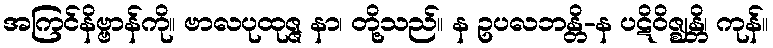
အကြင်နိဗ္ဗာန်ကို။ ဗာလပုထုဇ္ဇ နာ၊ တို့သည်။ န ဥပလဘန္တိ-န ပဋိဝိဇ္ဈန္တိ၊ ကုန်။